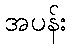
အပန်း